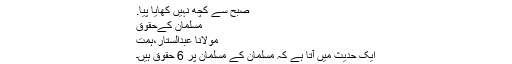
صبح سے کچھ نہیں کھایا پیا.
مسلمان کےحقوق
مولانا عبدالستار،ہمت
ایک حدیث میں آتا ہے کہ مسلمان کے مسلمان پر 6 حقوق ہیں۔